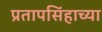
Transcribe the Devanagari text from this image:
प्रतापसिंहाच्या